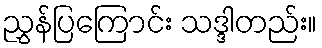
ညွှန်ပြကြောင်း သဒ္ဒါတည်း။